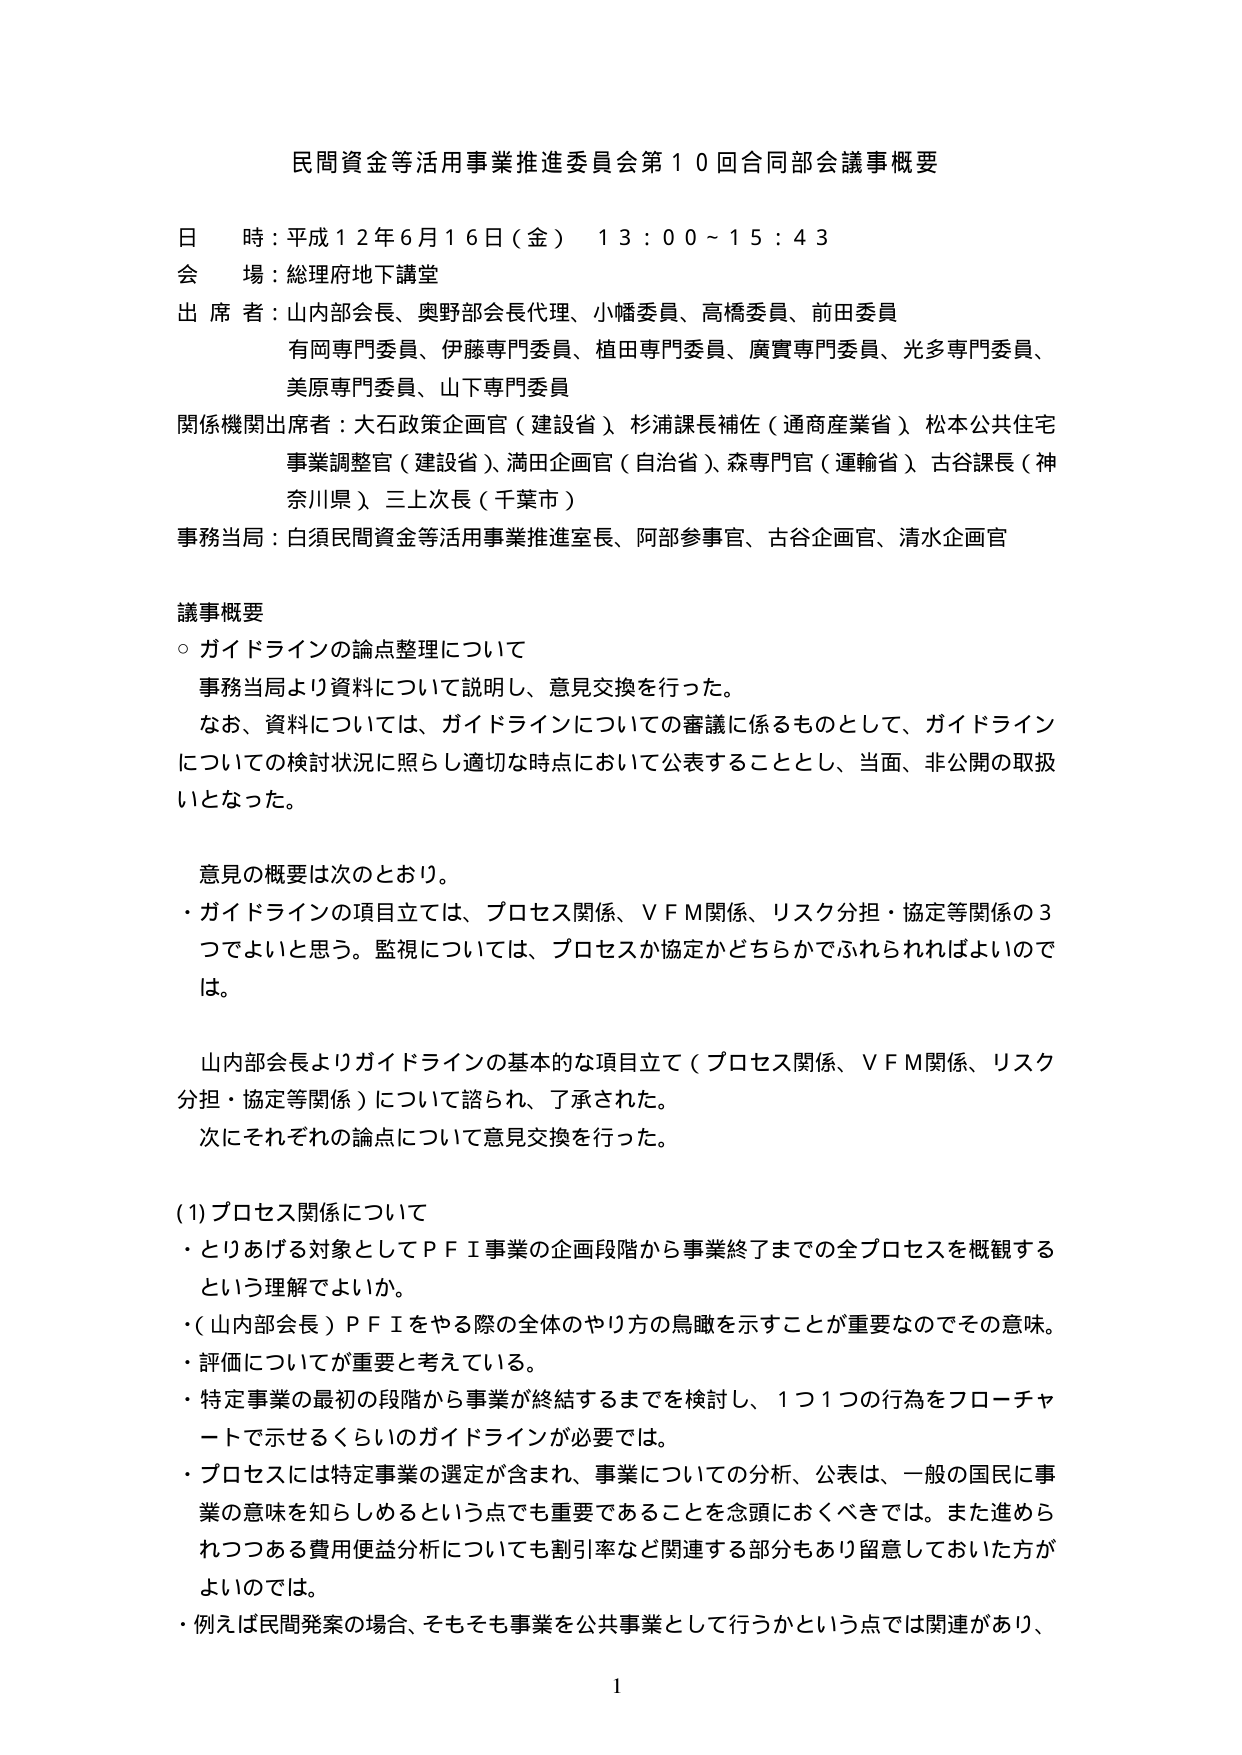
民間資金等活用事業推進委員会第１０回合同部会議事概要

日 時：平成１２年６月１６日（金） １３：００～１５：４３
会 場：総理府地下講堂
出席者：山内部会長、奥野部会長代理、小幡委員、高橋委員、前田委員
　　　　有岡専門委員、伊藤専門委員、植田専門委員、廣實専門委員、光多専門委員、
　　　　美原専門委員、山下専門委員
関係機関出席者：大石政策企画官（建設省）、杉浦課長補佐（通商産業省）、松本公共住宅
　　　　　　　　事業調整官（建設省）、満田企画官（自治省）、森専門官（運輸省）、古谷課長（神
　　　　　　　　奈川県）、三上次長（千葉市）
事務当局：白須民間資金等活用事業推進室長、阿部参事官、古谷企画官、清水企画官

議事概要
○ ガイドラインの論点整理について
　事務当局より資料について説明し、意見交換を行った。
　なお、資料については、ガイドラインについての審議に係るものとして、ガイドライン
　についての検討状況に照らし適切な時点において公表することとし、当面、非公開の取扱
　いとなった。

　意見の概要は次のとおり。
・ガイドラインの項目立ては、プロセス関係、ＶＦＭ関係、リスク分担・協定等関係の３
　つでよいと思う。監視については、プロセスか協定かどちらかでふれられればよいの
　は。

　山内部会長よりガイドラインの基本的な項目立て（プロセス関係、ＶＦＭ関係、リスク
　分担・協定等関係）について諮られ、了承された。
　次にそれぞれの論点について意見交換を行った。

(1) プロセス関係について
・とりあえず対象としてＰＦＩ事業の企画段階から事業終了までの全プロセスを概観する
　という理解でよいか。
・（山内部会長）ＰＦＩをやる際の全体のやり方の鳥瞰を示すことが重要なのでその意味。
・評価についてが重要と考えている。
・特定事業の最初の段階から事業が終結するまでを検討し、１つ１つの行為をフローチャ
　ートで示せるくらいのガイドラインが必要では。
・プロセスには特定事業の選定が含まれ、事業についての分析、公表は、一般の国民に事
　業の意味を知らしめるという点でも重要であることを念頭におくべきでは。また進めら
　れつつある費用便益分析についても割引率など関連する部分もあり留意しておいた方が
　よいのでは。
・例えば民間発案の場合、そもそも事業を公共事業として行うかという点では関連があり、

1